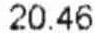
20.46